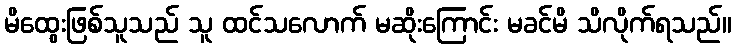
မိထွေးဖြစ်သူသည် သူ ထင်သလောက် မဆိုးကြောင်း မခင်မိ သိလိုက်ရသည်။